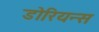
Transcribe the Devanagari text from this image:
डोरियन्स